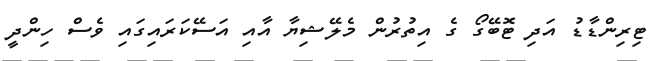
ޓިރިންޑާޑު އަދި ޓޮބޭގޯ ގެ އިތުރުން މެލޭޝިޔާ އާއި އަސޭކަރައިގައި ވެސް ހިންދީ